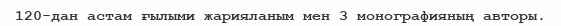
120-дан астам ғылыми жарияланым мен 3 монографияның авторы.